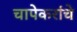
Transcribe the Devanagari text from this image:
चापेकरांचे